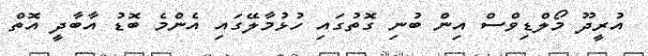
އުރީދޫ މޯލްޑިވްސް އިން ބުނި ގޮތުގައި ހުޅުމާލޭގައި އެންމެ ބޮޑު އާބާދީ އޮތް